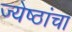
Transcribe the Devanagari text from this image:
ज्येष्ठांचा